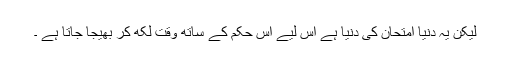
لیکن یہ دنیا امتحان کی دنیا ہے اس لیے اس حکم کے ساتھ وقت لکھ کر بھیجا جاتا ہے ۔